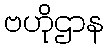
ဗဟိုဌာန